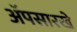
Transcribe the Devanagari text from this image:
ॲपसारखे